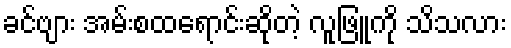
ခင်ဗျား အမ်းစထရောင်းဆိုတဲ့ လူဖြူကို သိသလား